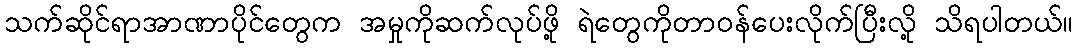
သက်ဆိုင်ရာအာဏာပိုင်တွေက အမှုကိုဆက်လုပ်ဖို့ ရဲတွေကိုတာဝန်ပေးလိုက်ပြီးလို့ သိရပါတယ်။